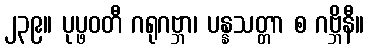
၂၃၉။ ပုပ္ဖဝတီ ဂရုဂဗ္ဘာ၊ ပန္နသတ္တာ စ ဂဗ္ဘိနီ။